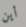
أين